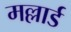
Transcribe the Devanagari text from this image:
मल्लार्ड